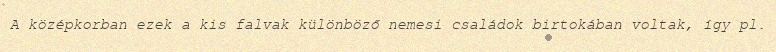
A középkorban ezek a kis falvak különböző nemesi családok birtokában voltak, így pl.